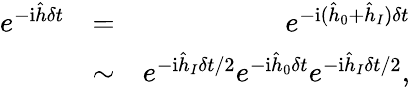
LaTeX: \begin{array}{rlr}{e^{-\mathrm{i}\hat{h}\delta t}}&{=}&{e^{-\mathrm{i}(\hat{h}_{0}+\hat{h}_{I})\delta t}}\\ &{\sim}&{e^{-\mathrm{i}\hat{h}_{I}\delta t/2}e^{-\mathrm{i}\hat{h}_{0}\delta t}e^{-\mathrm{i}\hat{h}_{I}\delta t/2},}\end{array}